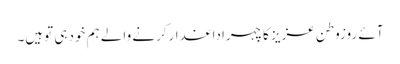
آئے روزوطن عزیز کاچہراداغدارکرنے والے ہم خودہی توہیں۔